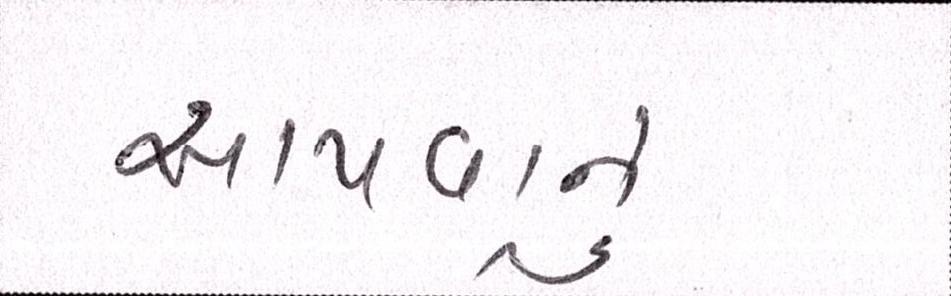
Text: આપવાનું